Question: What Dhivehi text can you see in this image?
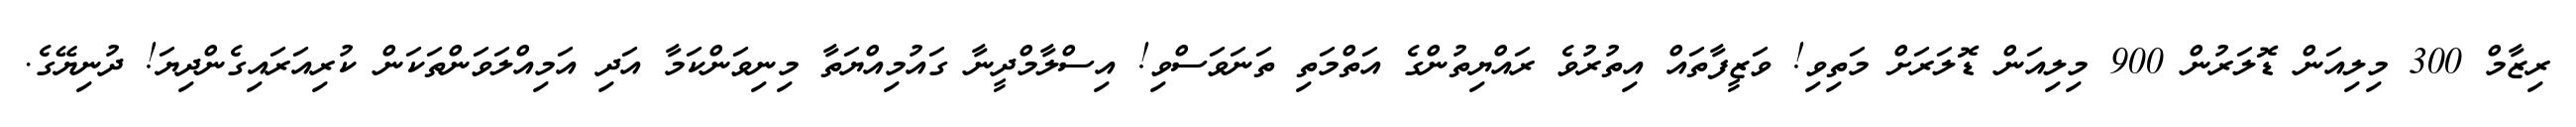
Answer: ރިޒާމް 300 މިލިއަން ޑޮލަރުން 900 މިލިއަން ޑޮލަރަށް މަތިވި! ވަޒީފާތައް އިތުރުވެ ރައްޔިތުންގެ އަތްމަތި ތަނަވަސްވި! އިސްލާމްދީނާ ގައުމިއްޔަތާ މިނިވަންކަމާ އަދި އަމިއްލަވަންތަކަން ކުރިއަރައިގެންދިޔަ! ދުނިޔޭގެ.